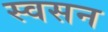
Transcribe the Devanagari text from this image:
स्वसन